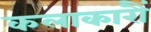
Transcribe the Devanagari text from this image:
कलाकारौं